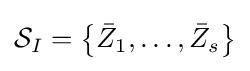
{\mathcal {S}}_{I}=\left\{{\bar {Z}}_{1},\ldots ,{\bar {Z}}_{s}\right\}